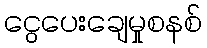
ငွေပေးချေမှုစနစ်